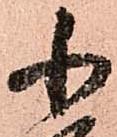
小